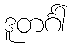
ဒူတင်္ဂါ